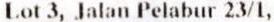
LOT 3, JALAN PELABUR 23/1,